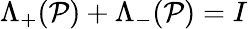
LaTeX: \Lambda_{+}(\mathcal{P})+\Lambda_{-}(\mathcal{P})=I